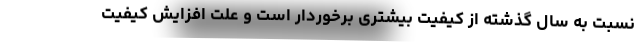
نسبت به سال گذشته از کیفیت بیشتری برخوردار است و علت افزایش کیفیت